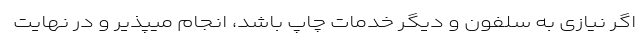
اگر نیازی به سلفون و دیگر خدمات چاپ باشد، انجام میپذیر و در نهایت